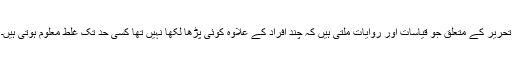
تحریر کے متعلق جو قیاسات اور روایات ملتی ہیں کہ چند افراد کے علاوہ کوئی پڑھا لکھا نہیں تھا کسی حد تک غلط معلوم ہوتی ہیں۔